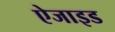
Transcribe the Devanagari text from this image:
ऐजाइड